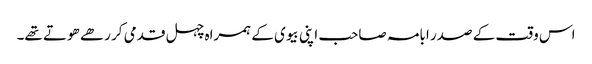
اس وقت کے صدر ابامہ صاحب اپنی بیوی کے ہمراہ چہل قدمی کر رھے ھوتے تھے۔